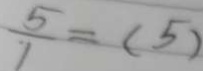
\frac { 5 } { 7 } = ( 5 )